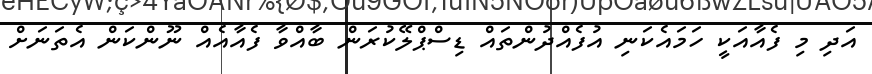
އަދި މި ފެއާއަކީ ހަމައެކަނި އުފެއްދުންތައް ޑިސްޕްލޭކުރަން ބާއްވާ ފެއާއެއް ނޫންކަން އެތަނަށް